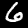
Label: 6